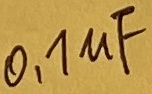
Text: 0,1µF